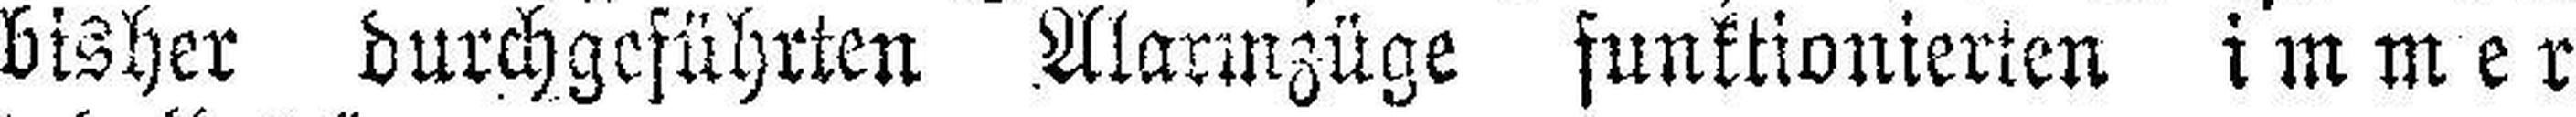
bisher durchgeführten Alarmzüge sunktionierten immer